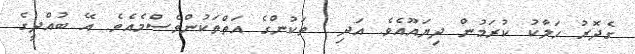
ގެދޮރު ހަލާކު ކުރަމުން ދިޔައޫއެވެ. އަދި  ތަކުންގެ އަތްތަކުންވެސްމެއެވެ. އޭ ބުއްދީގެ